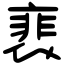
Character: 裵